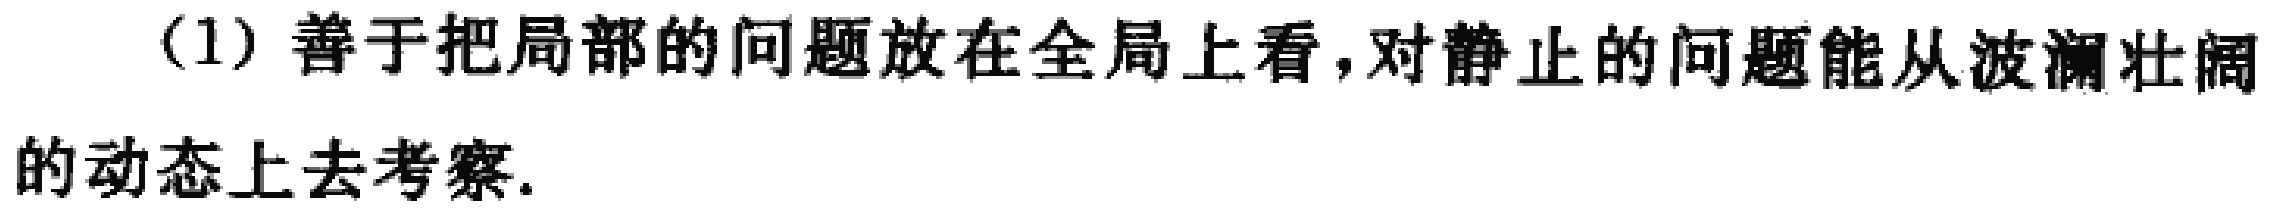
(1) 善于把局部的问题放在全局上看，对静止的问题能从波澜壮阔的动态上去考察.